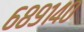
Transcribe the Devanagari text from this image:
६८९१४०